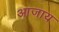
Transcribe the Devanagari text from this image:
आजाय